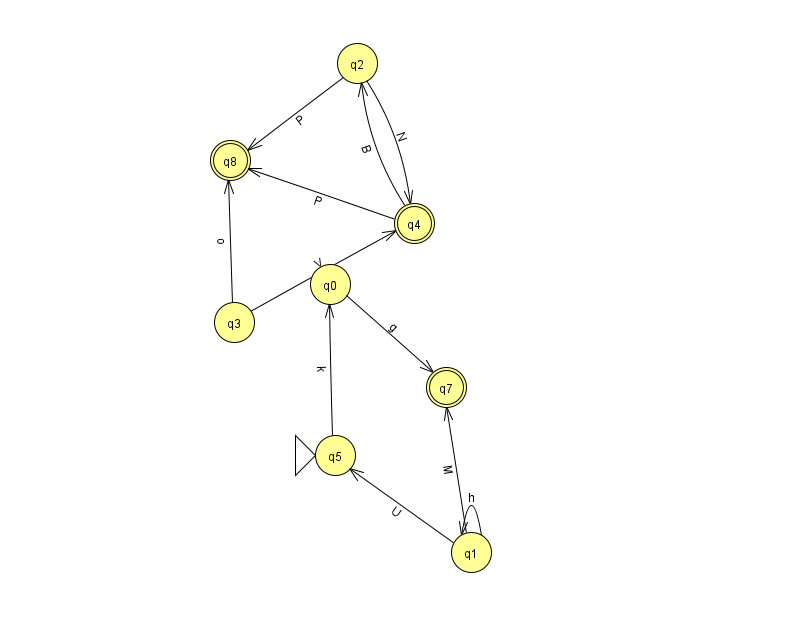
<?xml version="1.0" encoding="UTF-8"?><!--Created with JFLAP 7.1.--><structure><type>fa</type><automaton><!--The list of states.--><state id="0" name="q0"><x>330.0</x><y>271.0</y></state><state id="1" name="q1"><x>471.0</x><y>539.0</y></state><state id="2" name="q2"><x>357.0</x><y>50.0</y></state><state id="3" name="q3"><x>234.0</x><y>309.0</y></state><state id="4" name="q4"><x>414.0</x><y>210.0</y><final/></state><state id="5" name="q5"><x>335.0</x><y>442.0</y><initial/></state><state id="7" name="q7"><x>446.0</x><y>374.0</y><final/></state><state id="8" name="q8"><x>230.0</x><y>147.0</y><final/></state><!--The list of transitions.--><transition><from>1</from><to>7</to><read>M</read></transition><transition><from>1</from><to>5</to><read>U</read></transition><transition><from>4</from><to>2</to><read>B</read></transition><transition><from>1</from><to>1</to><read>h</read></transition><transition><from>4</from><to>8</to><read>P</read></transition><transition><from>0</from><to>7</to><read>g</read></transition><transition><from>5</from><to>0</to><read>k</read></transition><transition><from>2</from><to>4</to><read>N</read></transition><transition><from>2</from><to>8</to><read>P</read></transition><transition><from>3</from><to>4</to><read>V</read></transition><transition><from>3</from><to>8</to><read>o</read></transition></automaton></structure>